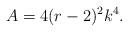
LaTeX: \begin{align*} A= 4(r - 2)^2 k^4. \end{align*}